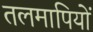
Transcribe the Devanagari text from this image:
तलमापियों